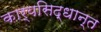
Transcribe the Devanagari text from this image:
कार्यसिद्धान्त